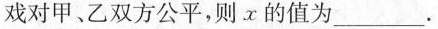
游戏对甲、乙双方公平，则。x的值为______.